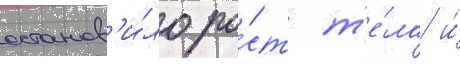
останов'и́ло ро́ст т'е́ла и́